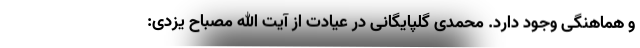
و هماهنگی وجود دارد. محمدی گلپایگانی در عیادت از آیت الله مصباح یزدی: